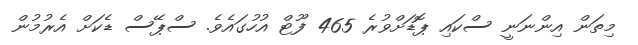
މިތަން އިންނަނީ ސްކައި ޕޮޑަށްވުރެ 465 ފޫޓް އުހުގައެވެ. ސްޕޭސް ޑެކަށް އެރުމުން